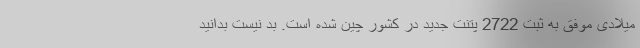
میلادی موفق به ثبت 2722 پتنت جدید در کشور چین شده است. بد نیست بدانید